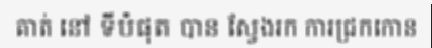
គាត់ នៅ ទីបំផុត បាន ស្វែងរក ការជ្រកកោន